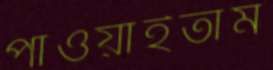
পাওয়াইতাম